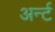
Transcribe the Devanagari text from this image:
अर्न्ट